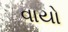
વાયો